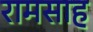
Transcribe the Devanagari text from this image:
रामसाह